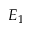
E _ { 1 }